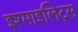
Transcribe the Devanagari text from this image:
इश्माइलिट्स